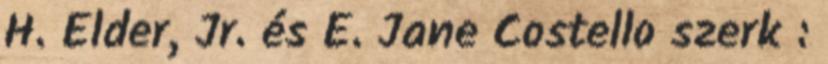
H. Elder, Jr. és E. Jane Costello szerk :